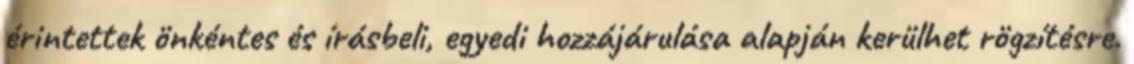
érintettek önkéntes és írásbeli, egyedi hozzájárulása alapján kerülhet rögzítésre.